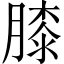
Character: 膝